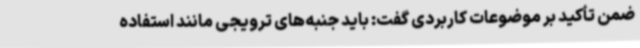
ضمن تأکید بر موضوعات کاربردی گفت: باید جنبه‌های ترویجی مانند استفاده